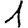
Digit: 1